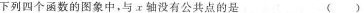
下列四个函数的图象中，与x轴没有公共点的是()